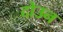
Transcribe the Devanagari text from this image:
दोउन